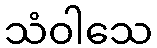
သံဝါသေ